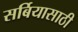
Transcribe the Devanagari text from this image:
सर्बियासाठी